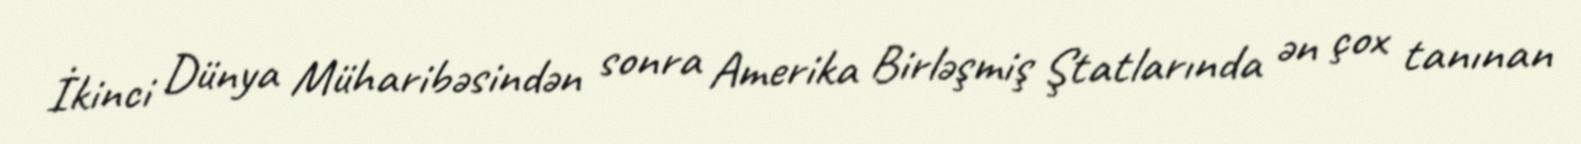
İkinci Dünya Müharibəsindən sonra Amerika Birləşmiş Ştatlarında ən çox tanınan